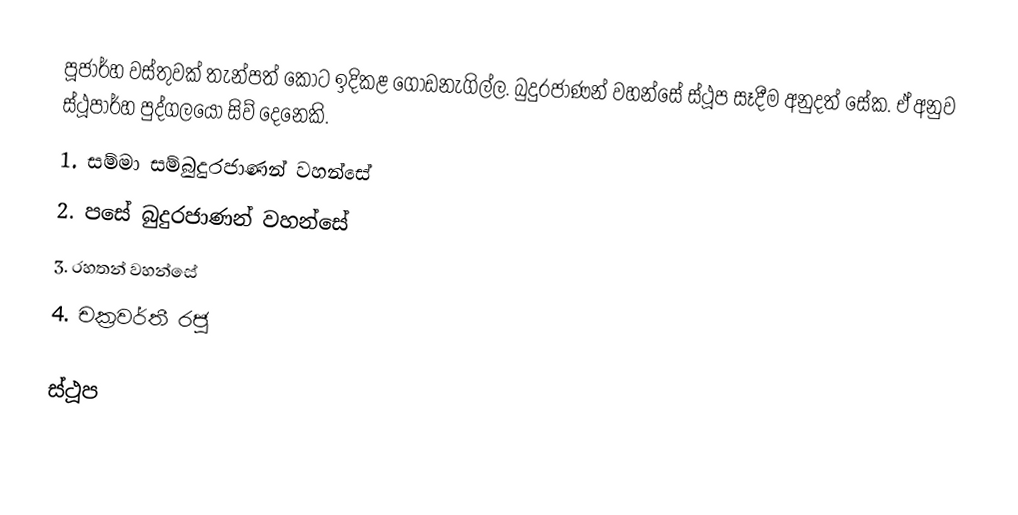
පූජාර්හ වස්තුවක් තැන්පත් කොට ඉදිකළ ගොඩනැගිල්ල. බුදුරජාණන් වහන්සේ ස්ථූප සෑදීම අනුදත් සේක. ඒ අනුව ස්ථූපාර්හ පුද්ගලයෝ සිව් දෙනෙකි.
1. සම්මා සම්බුදුරජාණන් වහන්සේ
2. පසේ බුදුරජාණන් වහන්සේ
3. රහතන් වහන්සේ
4. චක්‍රවර්තී රජු

ස්ථූප